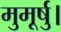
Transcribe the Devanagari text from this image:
मुमूर्षु।